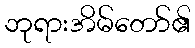
ဘုရားအိမ်တော်၏